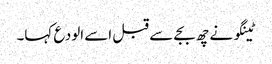
ٹینگو نے چھ بجے سے قبل اسے الودع کہا۔